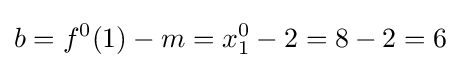
b=f^{0}(1)-m=x_{1}^{0}-2=8-2=6